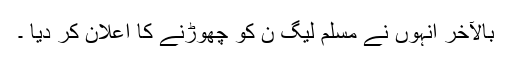
بالآخر انہوں نے مسلم لیگ ن کو چھوڑنے کا اعلان کر دیا ۔